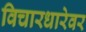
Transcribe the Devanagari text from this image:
विचारधारेवर